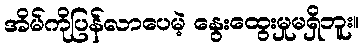
အိမ်ကိုပြန်လာပေမဲ့ နွေးထွေးမှုမရှိဘူး။